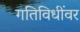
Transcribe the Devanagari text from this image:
गतिविधींवर